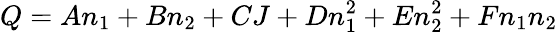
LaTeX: Q=An_{1}+Bn_{2}+CJ+Dn_{1}^{2}+En_{2}^{2}+Fn_{1}n_{2}